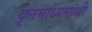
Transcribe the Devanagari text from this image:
वृत्तमाध्यमांशी